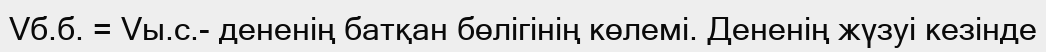
Vб.б. = Vы.с.- дененің батқан бөлігінің көлемі. Дененің жүзуі кезінде